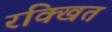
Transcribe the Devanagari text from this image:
रक्खित